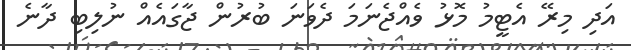
އަދި މިރޭ އެޓީމު މޮޅު ވެއްޖެނަމަ ދެވަނަ ބުރުން ޖާގައެއް ނުލިބި ދާނެ